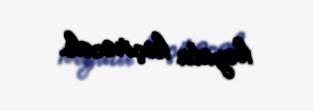
həyata keçirəcək.